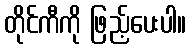
တိုင်ကီကို ဖြည့်ပေးပါ။